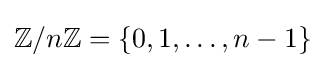
\mathbb {Z} /n\mathbb {Z} =\{0,1,\ldots ,n-1\}